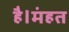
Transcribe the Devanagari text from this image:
है।मंहत